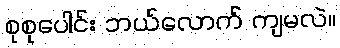
စုစုပေါင်း ဘယ်လောက် ကျမလဲ။